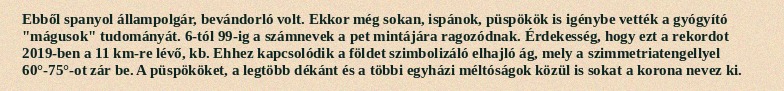
Ebből spanyol állampolgár, bevándorló volt. Ekkor még sokan, ispánok, püspökök is igénybe vették a gyógyító "mágusok" tudományát. 6-tól 99-ig a számnevek a pet mintájára ragozódnak. Érdekesség, hogy ezt a rekordot 2019-ben a 11 km-re lévő, kb. Ehhez kapcsolódik a földet szimbolizáló elhajló ág, mely a szimmetriatengellyel 60°-75°-ot zár be. A püspököket, a legtöbb dékánt és a többi egyházi méltóságok közül is sokat a korona nevez ki.